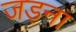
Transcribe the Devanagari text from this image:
जड़ना